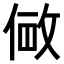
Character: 𫢽